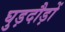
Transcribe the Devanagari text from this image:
घुड़दौड़ों